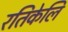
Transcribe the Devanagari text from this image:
रतिकेलि